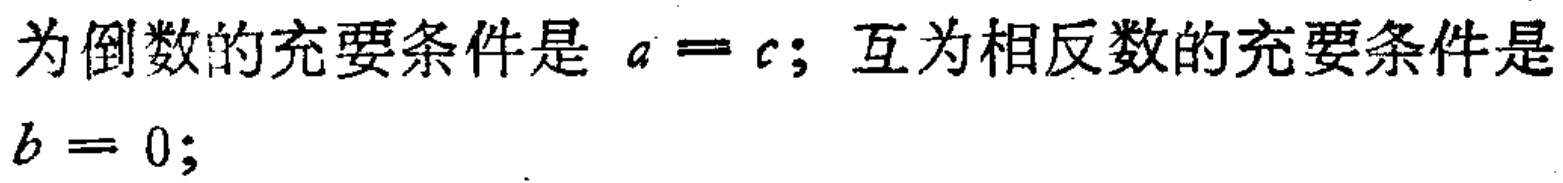
为倒数的充要条件是 \(a = c\)；互为相反数的充要条件是 \(b = 0\)；